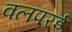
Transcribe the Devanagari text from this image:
वलपरई